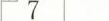
7